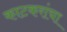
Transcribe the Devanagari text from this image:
काटकरांचा